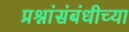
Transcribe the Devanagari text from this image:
प्रश्नांसंबंधीच्या